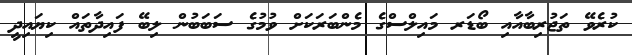
ކުރެވޭ ތަޖުރިބާއާއި ބޯޑަރ މައިލްސްގެ މެންބަރަކަށް ވުމުގެ ސަބަބުން ލިބޭ ފައިދާތައް ކިޔައިދީ